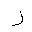
Letter: _zay